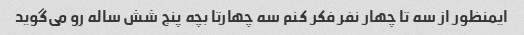
ایمنظور از سه تا چهار نفر فکر کنم سه چهارتا بچه پنج شش ساله رو می‌گوید